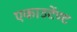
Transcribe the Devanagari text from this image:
एकाउटेंण्ट